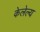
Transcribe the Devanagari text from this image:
केलेल्य